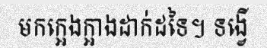
មកក្អេងក្អាងដាក់ដទៃ។ ទង្វើ